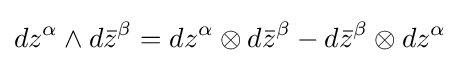
dz^{\alpha }\wedge d{\bar {z}}^{\beta }=dz^{\alpha }\otimes d{\bar {z}}^{\beta }-d{\bar {z}}^{\beta }\otimes dz^{\alpha }